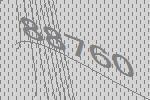
88760